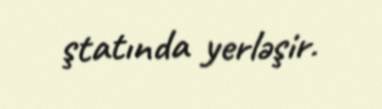
ştatında yerləşir.